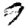
Digit: 9